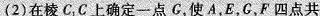
(2)在棱C_{1}C上确定一点G，使A，E，G，F四点共